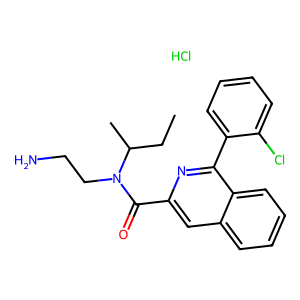
SMILES: CCC(C)N(CCN)C(=O)c1cc2ccccc2c(-c2ccccc2Cl)n1.Cl
Inhibits HIV replication: No